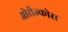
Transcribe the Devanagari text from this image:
ओरोज्कोस